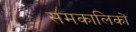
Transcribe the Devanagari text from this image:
समकालिकों